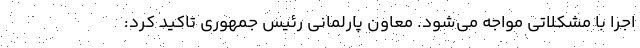
اجرا با مشکلاتی مواجه می‌شود. معاون پارلمانی رئیس جمهوری تاکید کرد: